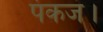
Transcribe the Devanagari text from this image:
पंकज।